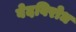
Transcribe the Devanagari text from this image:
वेदविरोध